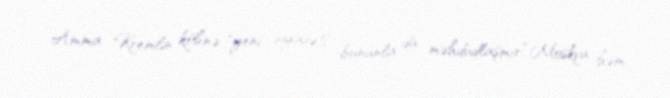
Amma Kremlin köhnə "yeni siyasəti" bununla da məhdudlaşmır.“Moskva həm